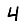
Digit: 4